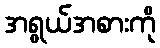
အရွယ်အစားကို